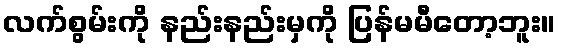
လက်စွမ်းကို နည်းနည်းမှကို ပြန်မမီတော့ဘူး။